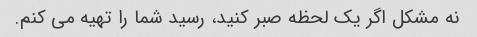
نه مشکل اگر یک لحظه صبر کنید، رسید شما را تهیه می کنم.